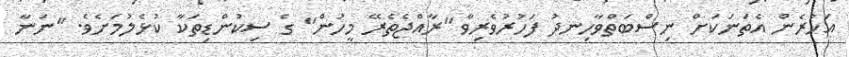
އަހުރެން އެތަނަކަށް ނިސްބަތްވާހިނދު ފަހުރުވެރިވާ "ރާއްޖެތެރޭ މީހުން" ގެ ސިކުންޑިތަކާ ކުޅެލުމަށެވެ. "ނަނާ